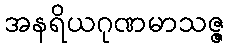
အနရိယဂုဏမာသဇ္ဇ